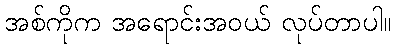
အစ်ကိုက အရောင်းအဝယ် လုပ်တာပါ။